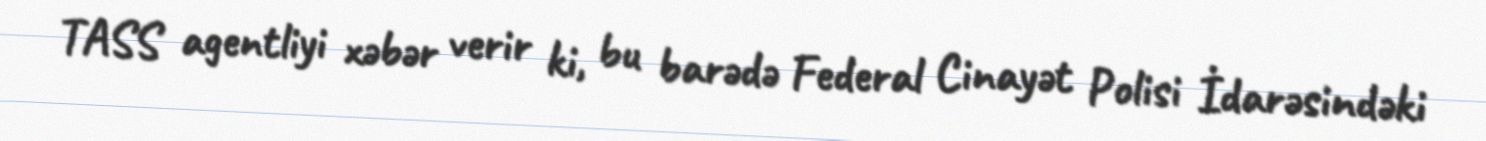
TASS agentliyi xəbər verir ki, bu barədə Federal Cinayət Polisi İdarəsindəki